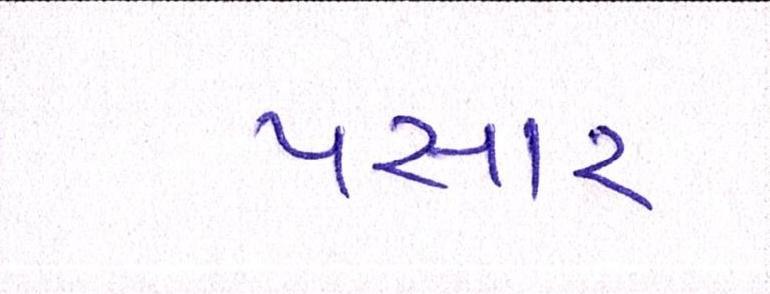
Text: પસાર